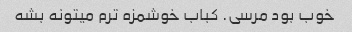
خوب بود مرسی. کباب خوشمزه ترم میتونه بشه